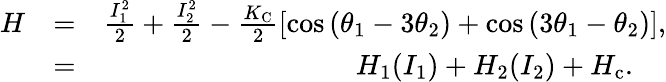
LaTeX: \begin{array}{rlr}{H}&{=}&{\frac{I_{1}^{2}}{2}+\frac{I_{2}^{2}}{2}-\frac{K_{\mathrm{C}}}{2}\left[\cos\left(\theta_{1}-3\theta_{2}\right)+\cos\left(3\theta_{1}-\theta_{2}\right)\right],}\\ &{=}&{H_{1}(I_{1})+H_{2}(I_{2})+H_{\mathrm{c}}.\quad\, }\end{array}